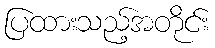
ပြထားသည့်အတိုင်း